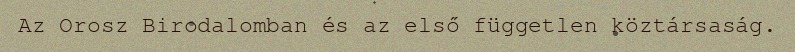
Az Orosz Birodalomban és az első független köztársaság.